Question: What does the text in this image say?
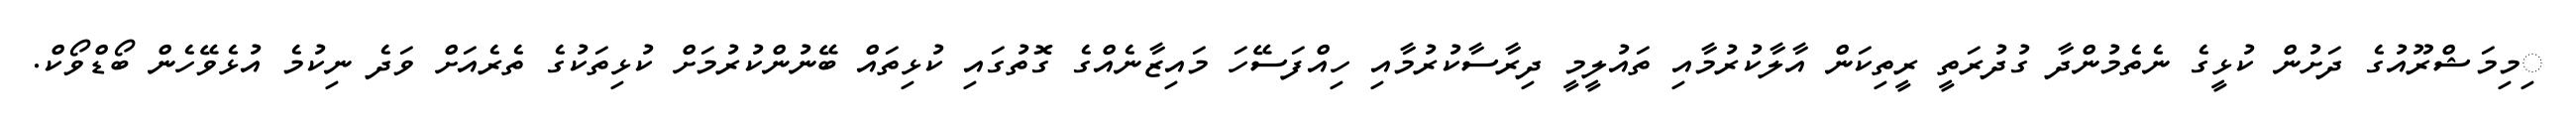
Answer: ިމިމަޝްރޫއުގެ ދަށުން ކުޅީގެ ނެތެމުންދާ ގުދުރަތީ ރީތިކަން އާލާކުރުމާއި ތައުލީމީ ދިރާސާކުރުމާއި ހިއްފަސޭހަ މައިޒާނެއްގެ ގޮތުގައި ކުޅިތައް ބޭނުންކުރުމަށް ކުޅިތަކުގެ ތެރެއަށް ވަދެ ނިކުމެ އުޅެވޭހެން ބޯޑްވޯކް.